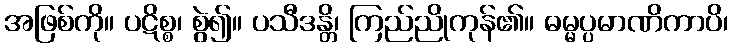
အဖြစ်ကို။ ပဋိစ္စ၊ စွဲ၍။ ပသီဒန္တိ၊ ကြည်ညိုကုန်၏။ ဓမ္မပ္ပမာဏိကာပိ၊